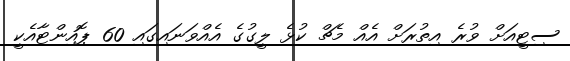
ސިޓީއަށް ވުރެ އިތުރަށް އެއް މެޗް ކުޅެ ލީގުގެ އެއްވަނައިގައި 60 ޕޮއިންޓާއެކީ